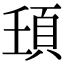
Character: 𩑙